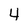
Character: 4